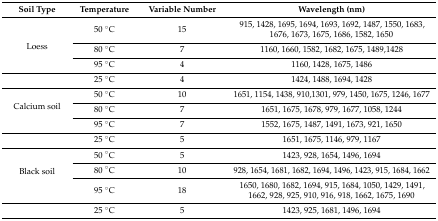
<table><thead><tr><td><b>Soil Type</b></td><td><b>Temperature</b></td><td><b>Variable Number</b></td><td><b>Wavelength (nm)</b></td></tr></thead><tbody><tr><td rowspan="3">Loess</td><td>50 °C</td><td>15</td><td>915, 1428, 1695, 1694, 1693, 1692, 1487, 1550, 1683, 1676, 1673, 1675, 1686, 1582, 1650</td></tr><tr><td>80 °C</td><td>7</td><td>1160, 1660, 1582, 1682, 1675, 1489,1428</td></tr><tr><td>95 °C</td><td>4</td><td>1160, 1428, 1675, 1486</td></tr><tr><td></td><td>25 °C</td><td>4</td><td>1424, 1488, 1694, 1428</td></tr><tr><td rowspan="3">Calcium soil</td><td>50 °C</td><td>10</td><td>1651, 1154, 1438, 910,1301, 979, 1450, 1675, 1246, 1677</td></tr><tr><td>80 °C</td><td>7</td><td>1651, 1675, 1678, 979, 1677, 1058, 1244</td></tr><tr><td>95 °C</td><td>7</td><td>1552, 1675, 1487, 1491, 1673, 921, 1650 </td></tr><tr><td></td><td>25 °C</td><td>5</td><td>1651, 1675, 1146, 979, 1167</td></tr><tr><td rowspan="3">Black soil</td><td>50 °C</td><td>5</td><td>1423, 928, 1654, 1496, 1694</td></tr><tr><td>80 °C</td><td>10</td><td>928, 1654, 1681, 1682, 1694, 1496, 1423, 915, 1684, 1662 </td></tr><tr><td>95 °C</td><td>18</td><td>1650, 1680, 1682, 1694, 915, 1684, 1050, 1429, 1491, 1662, 928, 925, 910, 916, 918, 1662, 1675, 1690 </td></tr><tr><td></td><td>25 °C</td><td>5</td><td>1423, 925, 1681, 1496, 1694</td></tr></tbody></table>